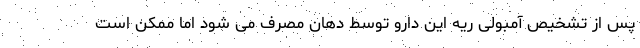
پس از تشخیص آمبولی ریه این دارو توسط دهان مصرف می شود اما ممکن است